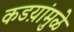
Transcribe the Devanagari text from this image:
कडय़ांमुळे